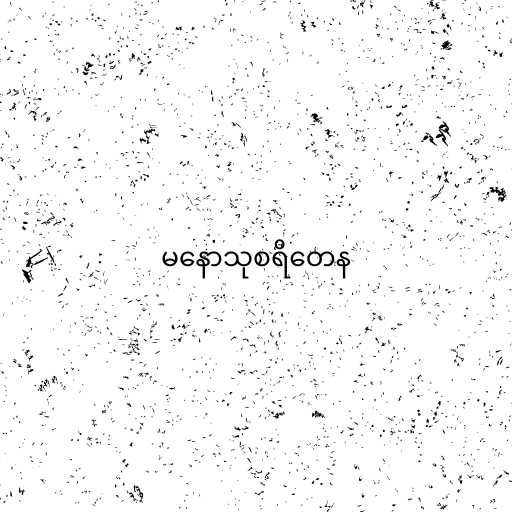
မနောသုစရိတေန